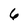
Character: 6